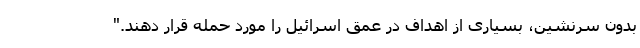
بدون سرنشین، بسیاری از اهداف در عمق اسرائیل را مورد حمله قرار دهند."